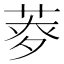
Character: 𦱏